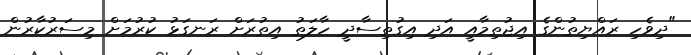
"ދިވެހި ރައްޔިތުންގެ އިޖުތިމާއީ އަދި އިގުތިސާދީ ހާލަތު އިތުރަށް ރަނގަޅު ކުރުމަށް މިސަރުކާރުން